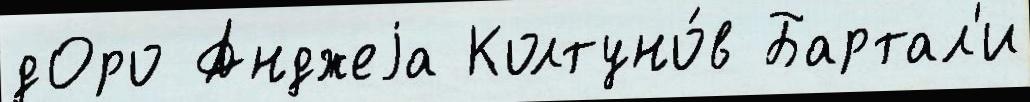
дОро Анджеjа Колтуно́в Бартал'и